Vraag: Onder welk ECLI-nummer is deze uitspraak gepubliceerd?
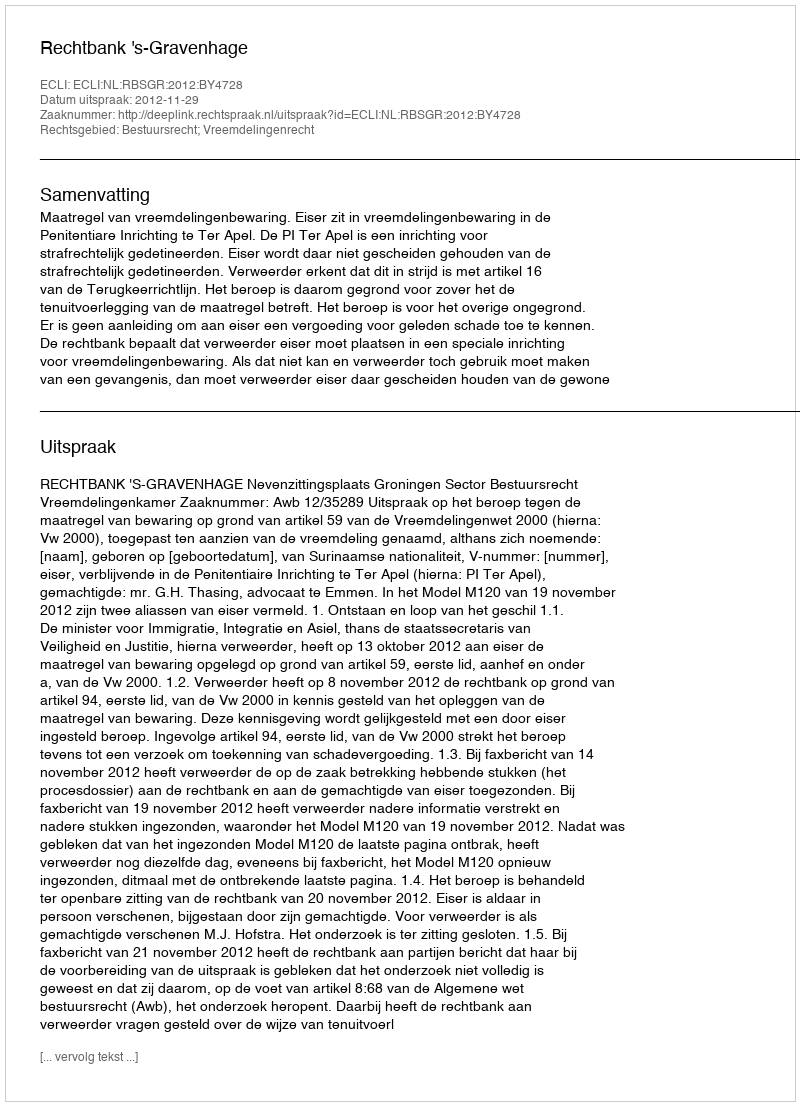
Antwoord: ECLI:NL:RBSGR:2012:BY4728